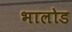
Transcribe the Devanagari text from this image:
भालोड